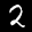
Label: 2